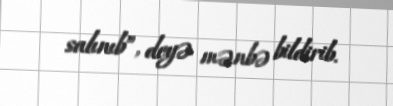
salınıb”, deyə mənbə bildirib.